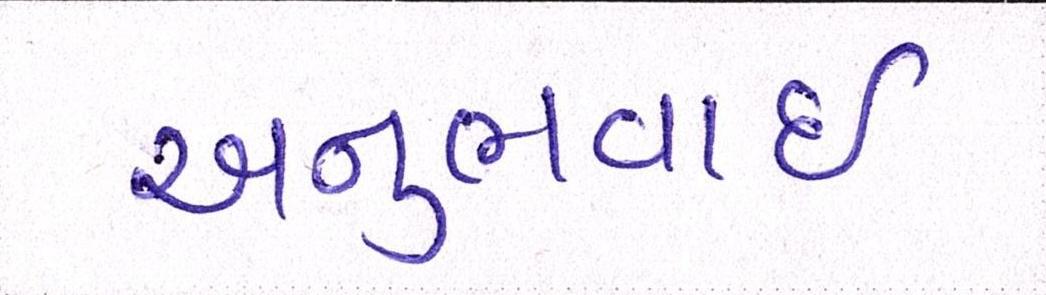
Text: અનુભવાઇ